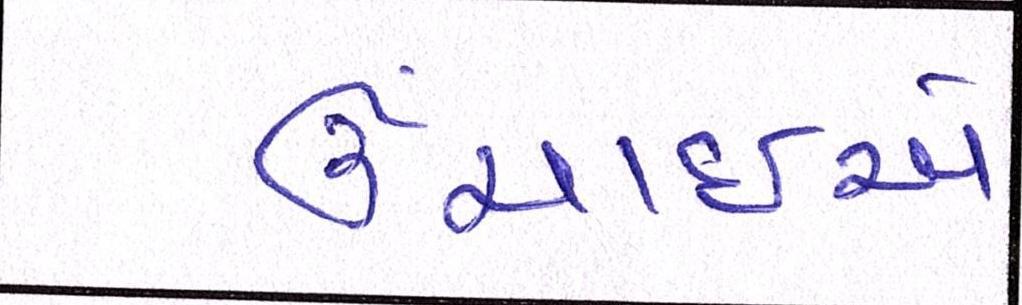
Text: ઉંચાઈએ